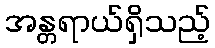
အန္တရာယ်ရှိသည့်